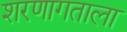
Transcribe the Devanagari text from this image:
शरणागताला